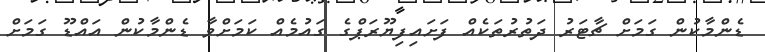
ޑެންމާކުން ގަމަށް ޗާޓަރު ދަތުރުތަކެއް ފަށައިފިޔޫރަޕްގެ ގައުމެއް ކަމަށްވާ ޑެންމާކުން އައްޑޫ ގަމަށް